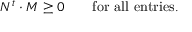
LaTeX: N ^ { t } \cdot M \ge 0 \qquad \mathrm { f o r ~ a l l ~ e n t r i e s . }